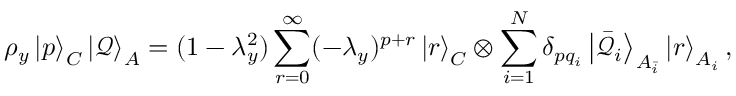
\rho _ { y } \left| p \right> _ { C } \left| \mathcal { Q } \right> _ { A } = ( 1 - \lambda _ { y } ^ { 2 } ) \sum _ { r = 0 } ^ { \infty } ( - \lambda _ { y } ) ^ { p + r } \left| r \right> _ { C } \otimes \sum _ { i = 1 } ^ { N } \delta _ { p q _ { i } } \left| \Bar { \mathcal { Q } } _ { i } \right> _ { A _ { \Bar { i } } } \left| r \right> _ { A _ { i } } ,